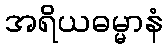
အရိယဓမ္မာနံ